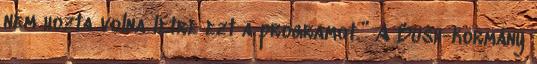
nem hozta volna létre ezt a programot.” A Bush-kormány